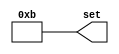
// Copyright (C) 2018  Intel Corporation. All rights reserved.
// Your use of Intel Corporation's design tools, logic functions 
// and other software and tools, and its AMPP partner logic 
// functions, and any output files from any of the foregoing 
// (including device programming or simulation files), and any 
// associated documentation or information are expressly subject 
// to the terms and conditions of the Intel Program License 
// Subscription Agreement, the Intel Quartus Prime License Agreement,
// the Intel FPGA IP License Agreement, or other applicable license
// agreement, including, without limitation, that your use is for
// the sole purpose of programming logic devices manufactured by
// Intel and sold by Intel or its authorized distributors.  Please
// refer to the applicable agreement for further details.

// PROGRAM		"Quartus Prime"
// VERSION		"Version 18.0.0 Build 614 04/24/2018 SJ Lite Edition"
// CREATED		"Fri Nov 01 16:08:02 2019"

module num_4b_11d(
	set
);


output wire	[3:0] set;

wire	[3:0] set_ALTERA_SYNTHESIZED;






assign	set = set_ALTERA_SYNTHESIZED;
assign	set_ALTERA_SYNTHESIZED[3] = 1;
assign	set_ALTERA_SYNTHESIZED[1] = 1;
assign	set_ALTERA_SYNTHESIZED[0] = 1;
assign	set_ALTERA_SYNTHESIZED[2] = 0;

endmodule